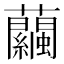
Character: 𧅶